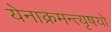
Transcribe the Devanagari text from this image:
येनाक्रमन्त्यृषयो